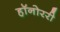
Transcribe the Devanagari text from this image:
हॉनोररी